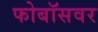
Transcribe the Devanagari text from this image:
फोबॉसवर